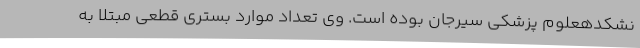
نشکدهعلوم پزشکی سیرجان بوده است. وی تعداد موارد بستری قطعی مبتلا به